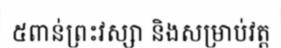
៥ពាន់ព្រះវស្សា និងសម្រាប់វត្ត